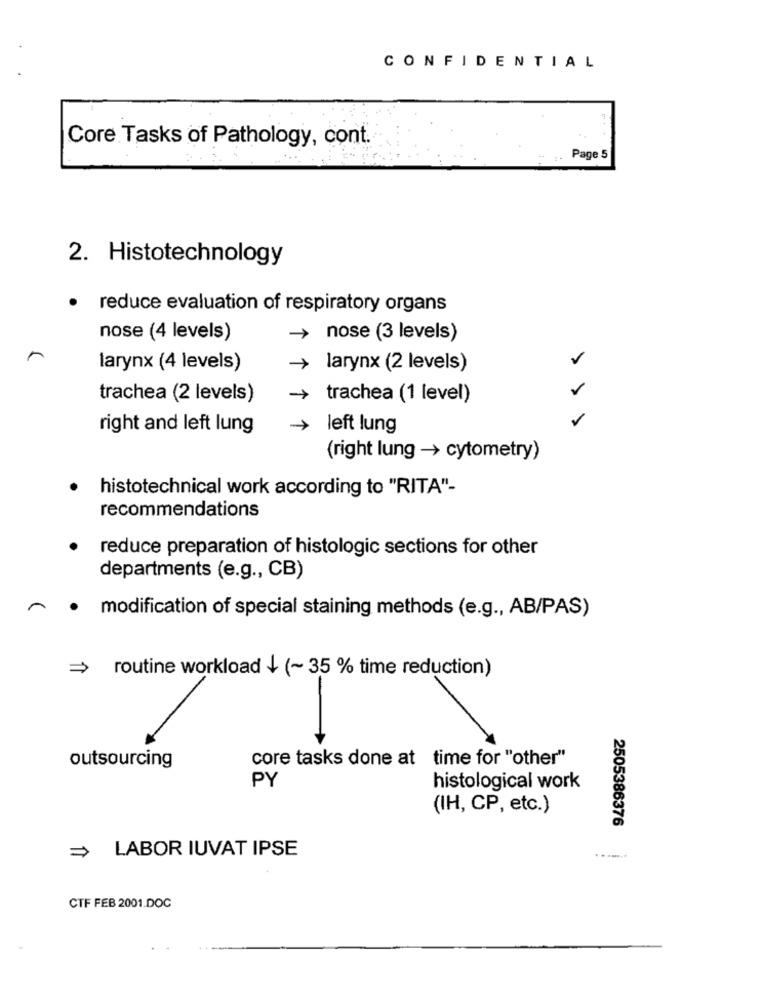
CONFIDENTIAL
Core Tasks of Pathology, cont.
Page 5
2. Histotechnology
reduce evaluation of respiratory organs
nose (4 levels)
nose (3 levels)
v
larynx (4 levels)
-> larynx (2 levels)
trachea (2 levels)
trachea (1 level)
right and left lung
-> left lung
(right lung -> cytometry)
histotechnical work according to "RITA"-
recommendations
reduce preparation of histologic sections for other
departments (e.g ., CB)
modification of special staining methods (e.g ., AB/PAS)
>
routine workload + (~ 35 % time reduction)
core tasks done at time for "other"
outsourcing
PY
histological work
(IH, CP, etc.)
2505386376
LABOR IUVAT IPSE
CTF FEB 2001.DOC